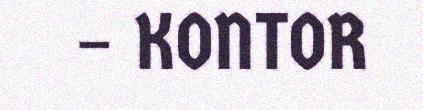
– KONTOR